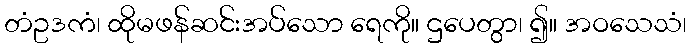
တံဥဒကံ၊ ထိုမဖန်ဆင်းအပ်သော ရေကို။ ဌပေတွာ၊ ၍။ အဝသေသံ၊